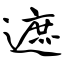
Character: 遮